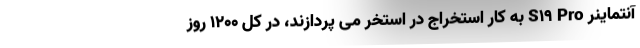
آنتماینر S19 Pro به کار استخراج در استخر می پردازند، در کل 1200 روز